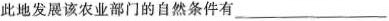
此地发展该农业部门的自然条件有___